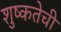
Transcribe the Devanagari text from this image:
शुष्कतेची